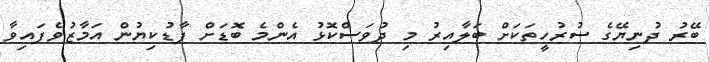
ބޭރު ދުނިޔޭގެ ސުރުހީތަކަށް ބަލާއިރު މި ދުވަސްކޮޅު އެންމެ ބޮޑަށް ފާޑުކިޔުން އަމާޒުވެފައިވާ